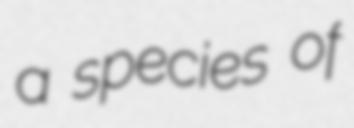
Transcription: a species of